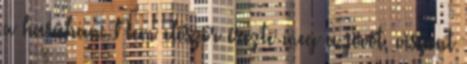
a hasában. Nem először érezte meg a jövőt, viszont